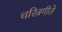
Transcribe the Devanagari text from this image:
चरित्रगीते